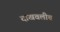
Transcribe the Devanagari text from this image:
दाखवलीच